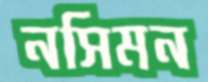
নসিমন